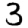
Digit: 3